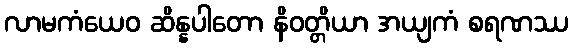
လာမကံယေဝ ဆိန္နပါတော နိဝတ္တိယာ အယျကံ စရဏဿ